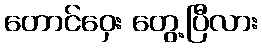
တောင်ဝှေး တွေ့ပြီလား